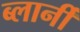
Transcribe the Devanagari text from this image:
ब्लार्नी